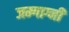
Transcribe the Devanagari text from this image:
जम्गाग्नी